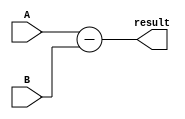
module ripple_subtractor (
    input [3:0] A,
    input [3:0] B,
    output [3:0] result
);

assign result = A - B;

endmodule